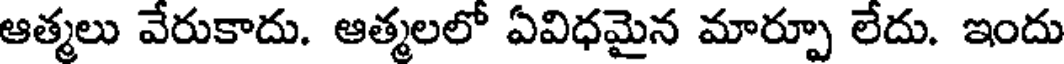
ఆత్మలు వేరుకాదు. ఆత్మలలో ఏవిధమైన మార్పూ లేదు. ఇందు